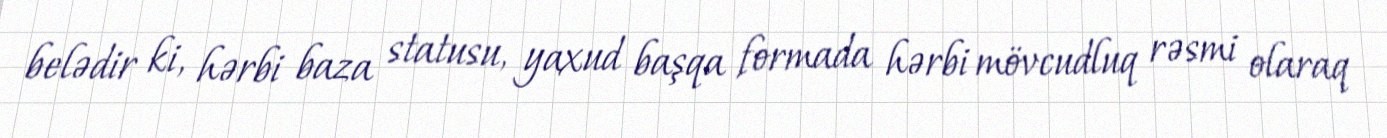
belədir ki, hərbi baza statusu, yaxud başqa formada hərbi mövcudluq rəsmi olaraq